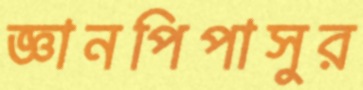
জ্ঞানপিপাসুর